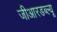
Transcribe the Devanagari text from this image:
जीआरडब्ल्यू